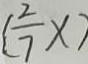
( \frac { 2 } { 7 } x )